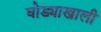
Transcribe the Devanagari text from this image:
घोड्याखाली